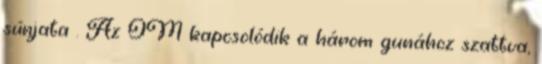
súnjata . Az OM kapcsolódik a három gunához szattva,